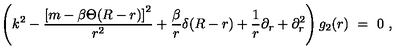
\left( k ^ { 2 } - \frac { \left[ m - \beta \Theta ( R - r ) \right] ^ { 2 } } { r ^ { 2 } } + \frac { \beta } { r } \delta ( R - r ) + \frac 1 r \partial _ { r } + \partial _ { r } ^ { 2 } \right) g _ { 2 } ( r ) \ = \ 0 \ ,